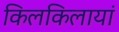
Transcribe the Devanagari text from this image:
किलकिलायां